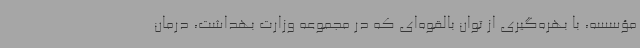
مؤسسه، با بهره‌گیری از توان بالقوه‌ای که در مجموعه وزارت بهداشت، درمان